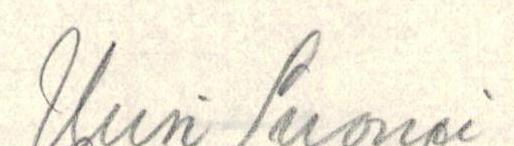
Uusi Suomi